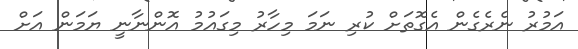
އަމުރު ނެރެގެން އެގޮތަށް ކުރި ނަމަ މިހާރު މިގައުމު އޮންނާނީ ޔަމަން އަށް